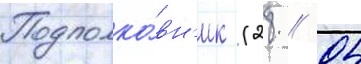
Подполко́вн'ик (28 // 04